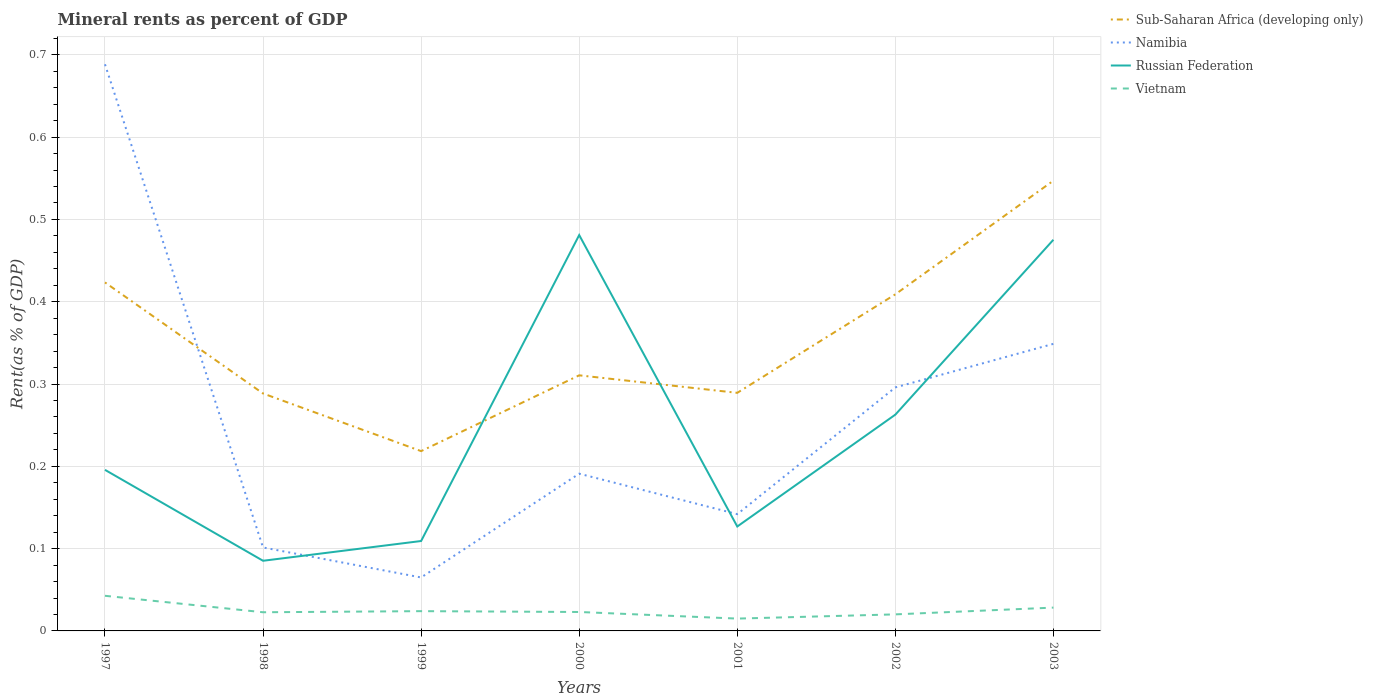
| Years | Sub-Saharan Africa (developing only) | Namibia | Russian Federation | Vietnam |
 | --- | --- | --- | --- | --- |
 | 1997 | 0.423 | 0.689 | 0.196 | 0.0427 |
 | 1998 | 0.289 | 0.101 | 0.0852 | 0.0227 |
 | 1999 | 0.218 | 0.065 | 0.109 | 0.024 |
 | 2000 | 0.311 | 0.191 | 0.481 | 0.023 |
 | 2001 | 0.289 | 0.142 | 0.127 | 0.015 |
 | 2002 | 0.409 | 0.296 | 0.263 | 0.0201 |
 | 2003 | 0.547 | 0.349 | 0.475 | 0.0283 |